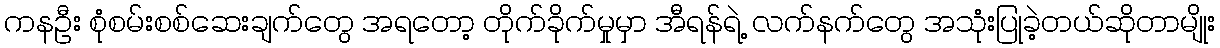
ကနဦး စုံစမ်းစစ်ဆေးချက်တွေ အရတော့ တိုက်ခိုက်မှုမှာ အီရန်ရဲ့ လက်နက်တွေ အသုံးပြုခဲ့တယ်ဆိုတာမျိုး